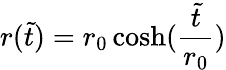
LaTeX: r(\tilde{t})=r_{0}\cosh(\frac{\tilde{t}}{r_{0}})